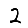
Digit: 2